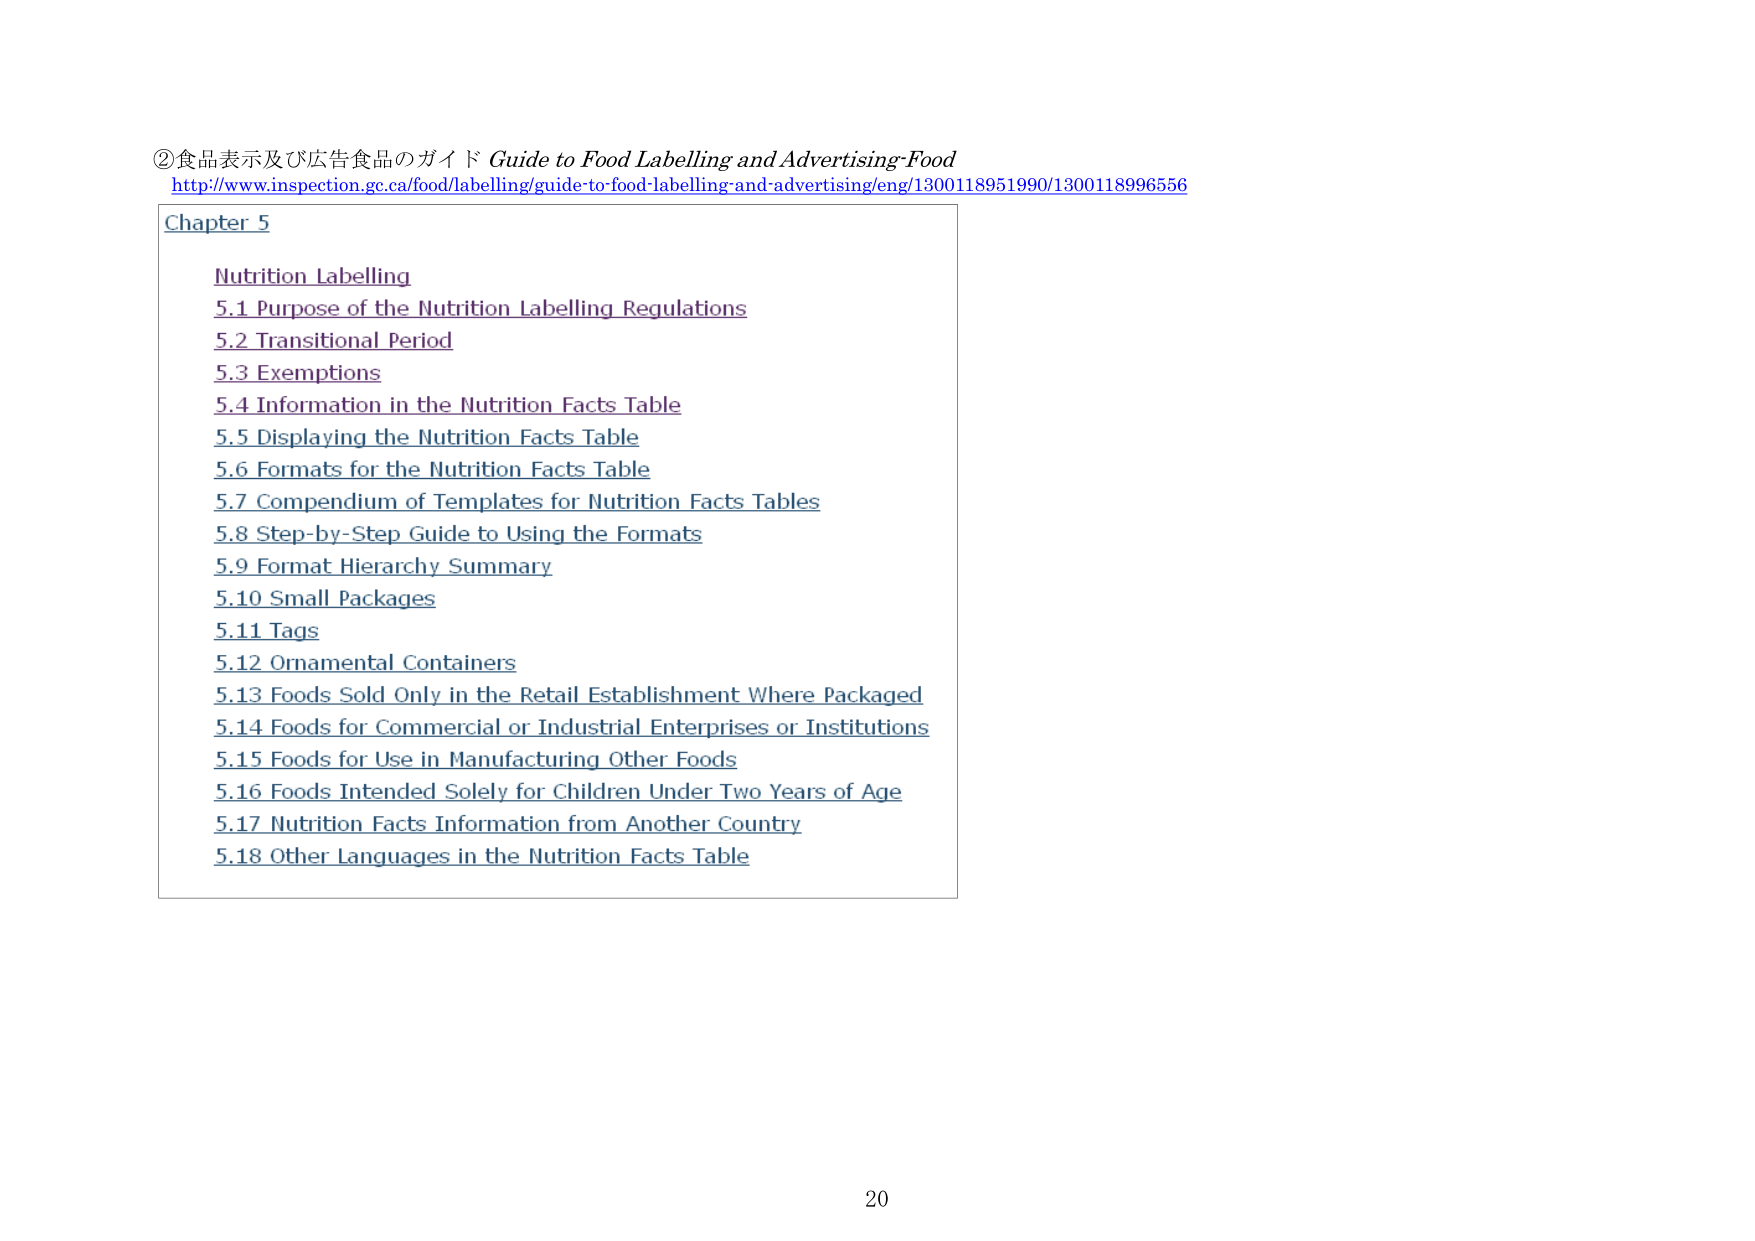
②食品表示及び広告食品のガイド Guide to Food Labelling and Advertising-Food
http://www.inspection.gc.ca/food/labelling/guide-to-food-labelling-and-advertising/eng/1300118951990/1300118996556

Chapter 5
Nutrition Labelling
5.1 Purpose of the Nutrition Labelling Regulations
5.2 Transitional Period
5.3 Exemptions
5.4 Information in the Nutrition Facts Table
5.5 Displaying the Nutrition Facts Table
5.6 Formats for the Nutrition Facts Table
5.7 Compendium of Templates for Nutrition Facts Tables
5.8 Step-by-Step Guide to Using the Formats
5.9 Format Hierarchy Summary
5.10 Small Packages
5.11 Tags
5.12 Ornamental Containers
5.13 Foods Sold Only in the Retail Establishment Where Packaged
5.14 Foods for Commercial or Industrial Enterprises or Institutions
5.15 Foods for Use in Manufacturing Other Foods
5.16 Foods Intended Solely for Children Under Two Years of Age
5.17 Nutrition Facts Information from Another Country
5.18 Other Languages in the Nutrition Facts Table

20